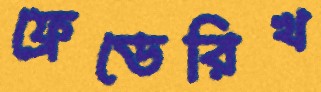
ফ্রেডেরিখ